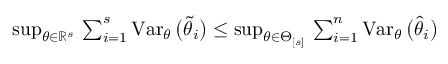
\begin{array} { r } { \operatorname* { s u p } _ { \theta \in \mathbb { R } ^ { s } } \, \sum _ { i = 1 } ^ { s } \operatorname { V a r } _ { \theta } \big ( \widetilde \theta _ { i } \big ) \leq \operatorname* { s u p } _ { \theta \in \Theta _ { [ s ] } } \, \sum _ { i = 1 } ^ { n } \operatorname { V a r } _ { \theta } \big ( \widehat \theta _ { i } \big ) } \end{array}